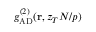
g _ { \mathrm { A D } } ^ { ( 2 ) } ( { \bf r } , z _ { T } N / p )